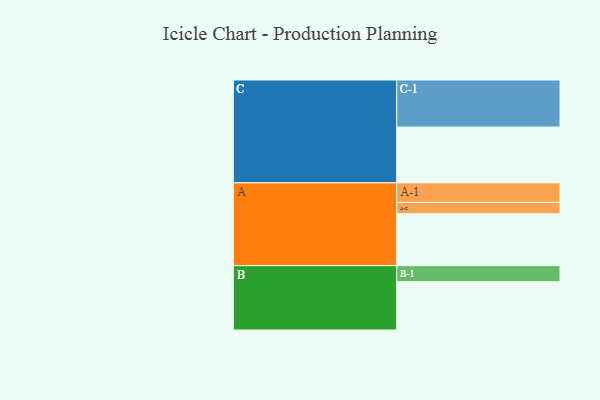
{"axis": {"x": "Segment", "y": "Value"}, "legend": ["", "A", "B", "C"], "data": [{"x": "A", "y": 323, "type": ""}, {"x": "B", "y": 301, "type": ""}, {"x": "C", "y": 348, "type": ""}, {"x": "A-1", "y": 122, "type": "A"}, {"x": "A-2", "y": 71, "type": "A"}, {"x": "B-1", "y": 100, "type": "B"}, {"x": "C-1", "y": 293, "type": "C"}]}